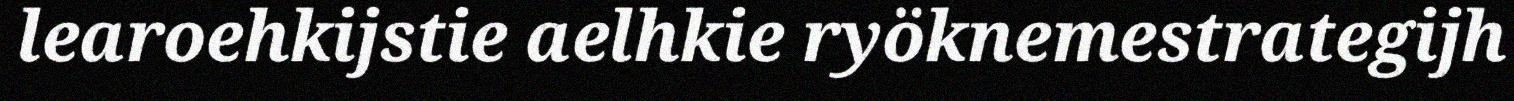
learoehkijstie aelhkie ryöknemestrategijh